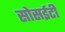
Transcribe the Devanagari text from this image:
सोसईटी